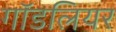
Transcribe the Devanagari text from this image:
गॉडलियर